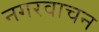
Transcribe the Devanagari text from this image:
नगरवाचन